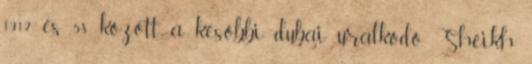
1912 és 58 között a későbbi dubai uralkodó, Sheikh